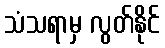
သံသရာမှ လွတ်နိုင်